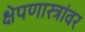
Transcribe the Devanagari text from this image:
क्षेपणास्त्रांवर